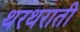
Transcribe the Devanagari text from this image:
थरथराती